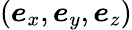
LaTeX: (\boldsymbol{e}_{x},\boldsymbol{e}_{y},\boldsymbol{e}_{z})